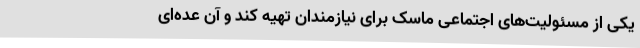
یکی از مسئولیت‌های اجتماعی ماسک برای نیازمندان تهیه کند و آن عده‌ای